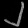
Digit: ၂